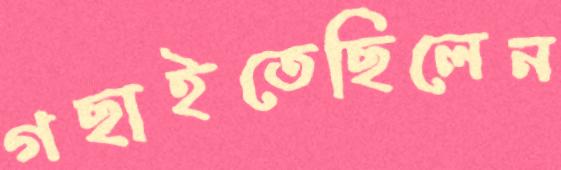
গছাইতেছিলেন